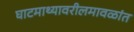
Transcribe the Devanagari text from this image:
घाटमाथ्यावरीलमावळांत